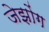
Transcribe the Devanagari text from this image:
जेझोंग